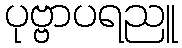
ပုဗ္ဗာပရညူ